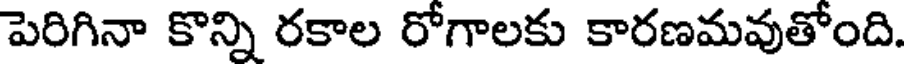
పెరిగినా కొన్ని రకాల రోగాలకు కారణమవుతోంది.